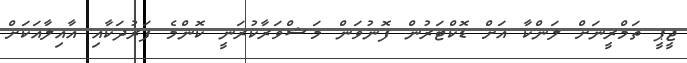
ޖީޕީ ތަމްރީނަށް ލަންކާ އަށް ޑޮކްޓަރުން ފޮނުވަން މަޝްވަރާކުރަނީ ކޮންމެ ފަރުދަކާއި އާއިލާއަކަށް